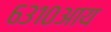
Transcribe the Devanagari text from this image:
६३१०आय